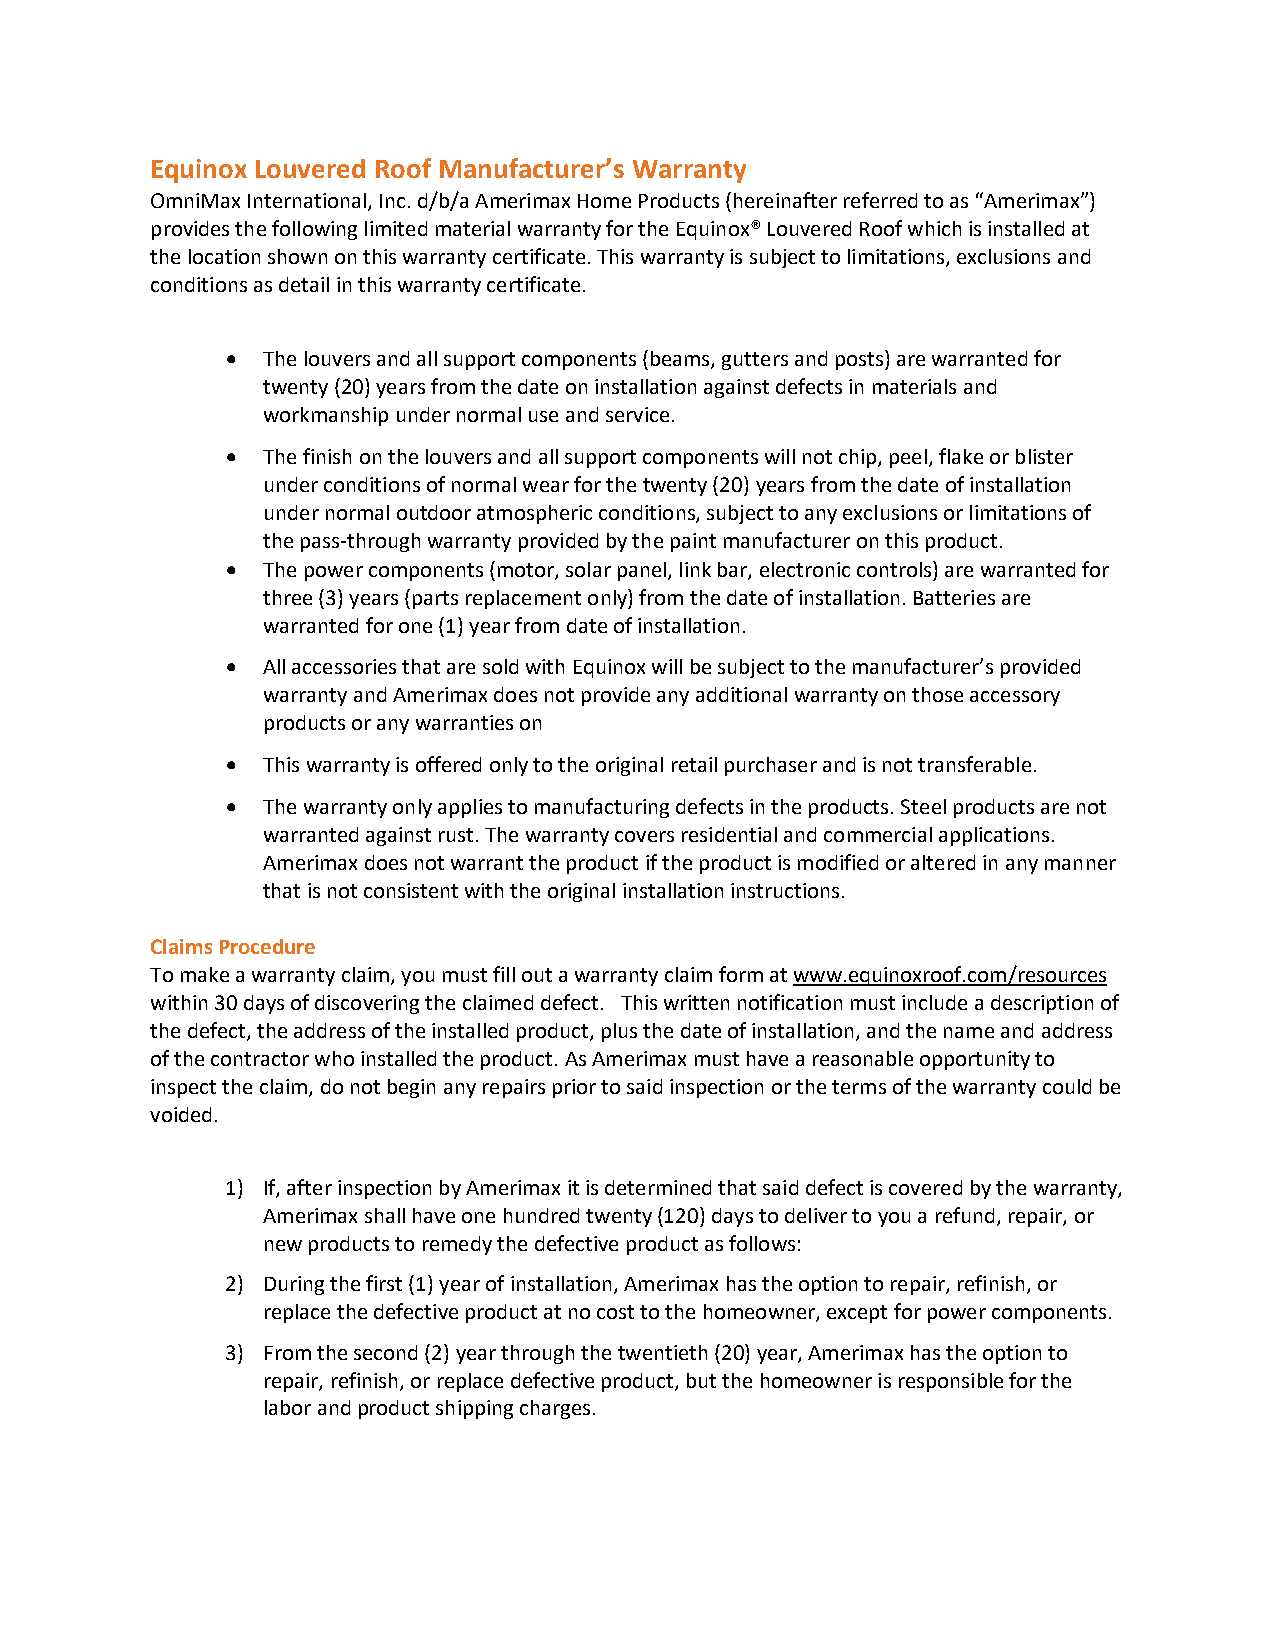
Equinox Louvered Roof Manufacturer’s Warranty
 OmniMax International, Inc. d/b/a Amerimax Home Products (hereinafter referred to as “Amerimax”)
 provides the following limited material warranty for the Equinox® Louvered Roof which is installed at
 the location shown on this warranty certificate. This warranty is subject to limitations, exclusions and
 conditions as detail in this warranty certificate.
 • The louvers and all support components (beams, gutters and posts) are warranted for
 twenty (20) years from the date on installation against defects in materials and
 workmanship under normal use and service.
 • The finish on the louvers and all support components will not chip, peel, flake or blister
 under conditions of normal wear for the twenty (20) years from the date of installation
 under normal outdoor atmospheric conditions, subject to any exclusions or limitations of
 the pass-through warranty provided by the paint manufacturer on this product.
 • The power components (motor, solar panel, link bar, electronic controls) are warranted for
 three (3) years (parts replacement only) from the date of installation. Batteries are
 warranted for one (1) year from date of installation.
 • All accessories that are sold with Equinox will be subject to the manufacturer’s provided
 warranty and Amerimax does not provide any additional warranty on those accessory
 products or any warranties on
 • This warranty is offered only to the original retail purchaser and is not transferable.
 • The warranty only applies to manufacturing defects in the products. Steel products are not
 warranted against rust. The warranty covers residential and commercial applications.
 Amerimax does not warrant the product if the product is modified or altered in any manner
 that is not consistent with the original installation instructions.
 Claims Procedure
 To make a warranty claim, you must fill out a warranty claim form at www.equinoxroof.com/resources
 within 30 days of discovering the claimed defect. This written notification must include a description of
 the defect, the address of the installed product, plus the date of installation, and the name and address
 of the contractor who installed the product. As Amerimax must have a reasonable opportunity to
 inspect the claim, do not begin any repairs prior to said inspection or the terms of the warranty could be
 voided.
 1) If, after inspection by Amerimax it is determined that said defect is covered by the warranty,
 Amerimax shall have one hundred twenty (120) days to deliver to you a refund, repair, or
 new products to remedy the defective product as follows:
 2) During the first (1) year of installation, Amerimax has the option to repair, refinish, or
 replace the defective product at no cost to the homeowner, except for power components.
 3) From the second (2) year through the twentieth (20) year, Amerimax has the option to
 repair, refinish, or replace defective product, but the homeowner is responsible for the
 labor and product shipping charges.